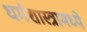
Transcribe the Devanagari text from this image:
धर्मशास्त्रामध्ये